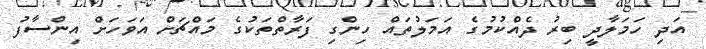
އަދި ހަމަލާދީ ބިރު ދެއްކުމުގެ އަމަލުތައް ހިންގި ފަރާތްތަކުގެ މައްޗަށް އަވަހަށް އިންސާފު